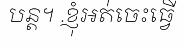
បន្ត។ .ខ្ញុំអត់ចេះធ្វើ